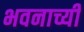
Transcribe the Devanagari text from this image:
भवनाच्यी